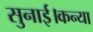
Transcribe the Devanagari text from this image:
सुनाई।कन्या